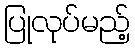
ပြုလုပ်မည့်